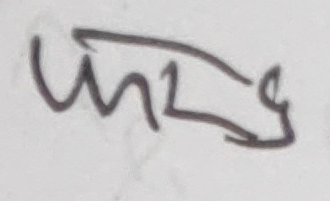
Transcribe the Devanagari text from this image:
फलिइ